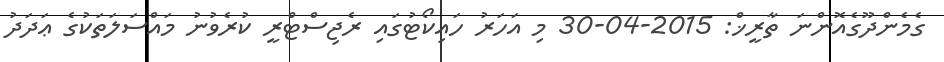
ގެމެންދޫގެއޮންނަ ތާރީޚް: 2015-04-30 މި އަހަރު ހައިކޯޓުގައި ރެޖިސްޓްރީ ކުރެވުނު މައްސަލަތަކުގެ ޢަދަދު